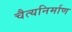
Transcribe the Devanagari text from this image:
चैत्यनिर्माण